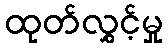
ထုတ်လွှင့်မှု